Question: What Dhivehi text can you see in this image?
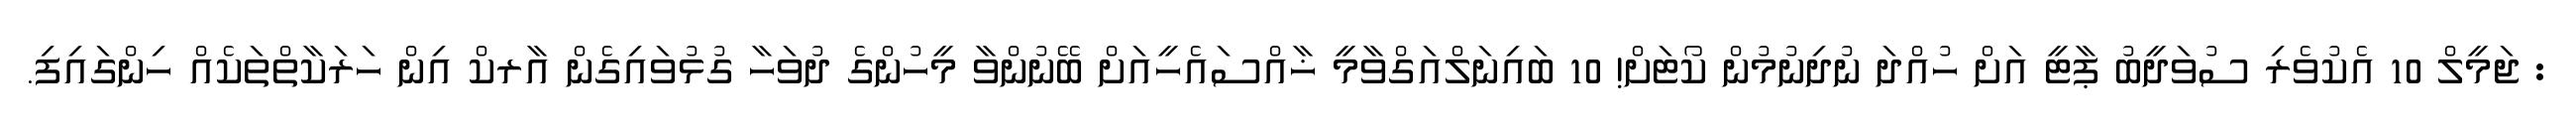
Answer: : ޖަމީލް 10 އެކުވެރި ސުވަދީބު ޕާޓީ އަށް ހުއްދަ ނުދިނުމުން ކޯޓަށް! 10 ބައިނަލްއަގްވާމީ ޚާއްސައެހީއަށް ބޭނުންވާ މީހުންގެ ދުވަހާ ގުޅުވައިގެން އާރކް އިން ހަރަކާތްތަކެއް ހިންގައިފި.